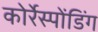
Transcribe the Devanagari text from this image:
कोर्रेस्पोंडिंग